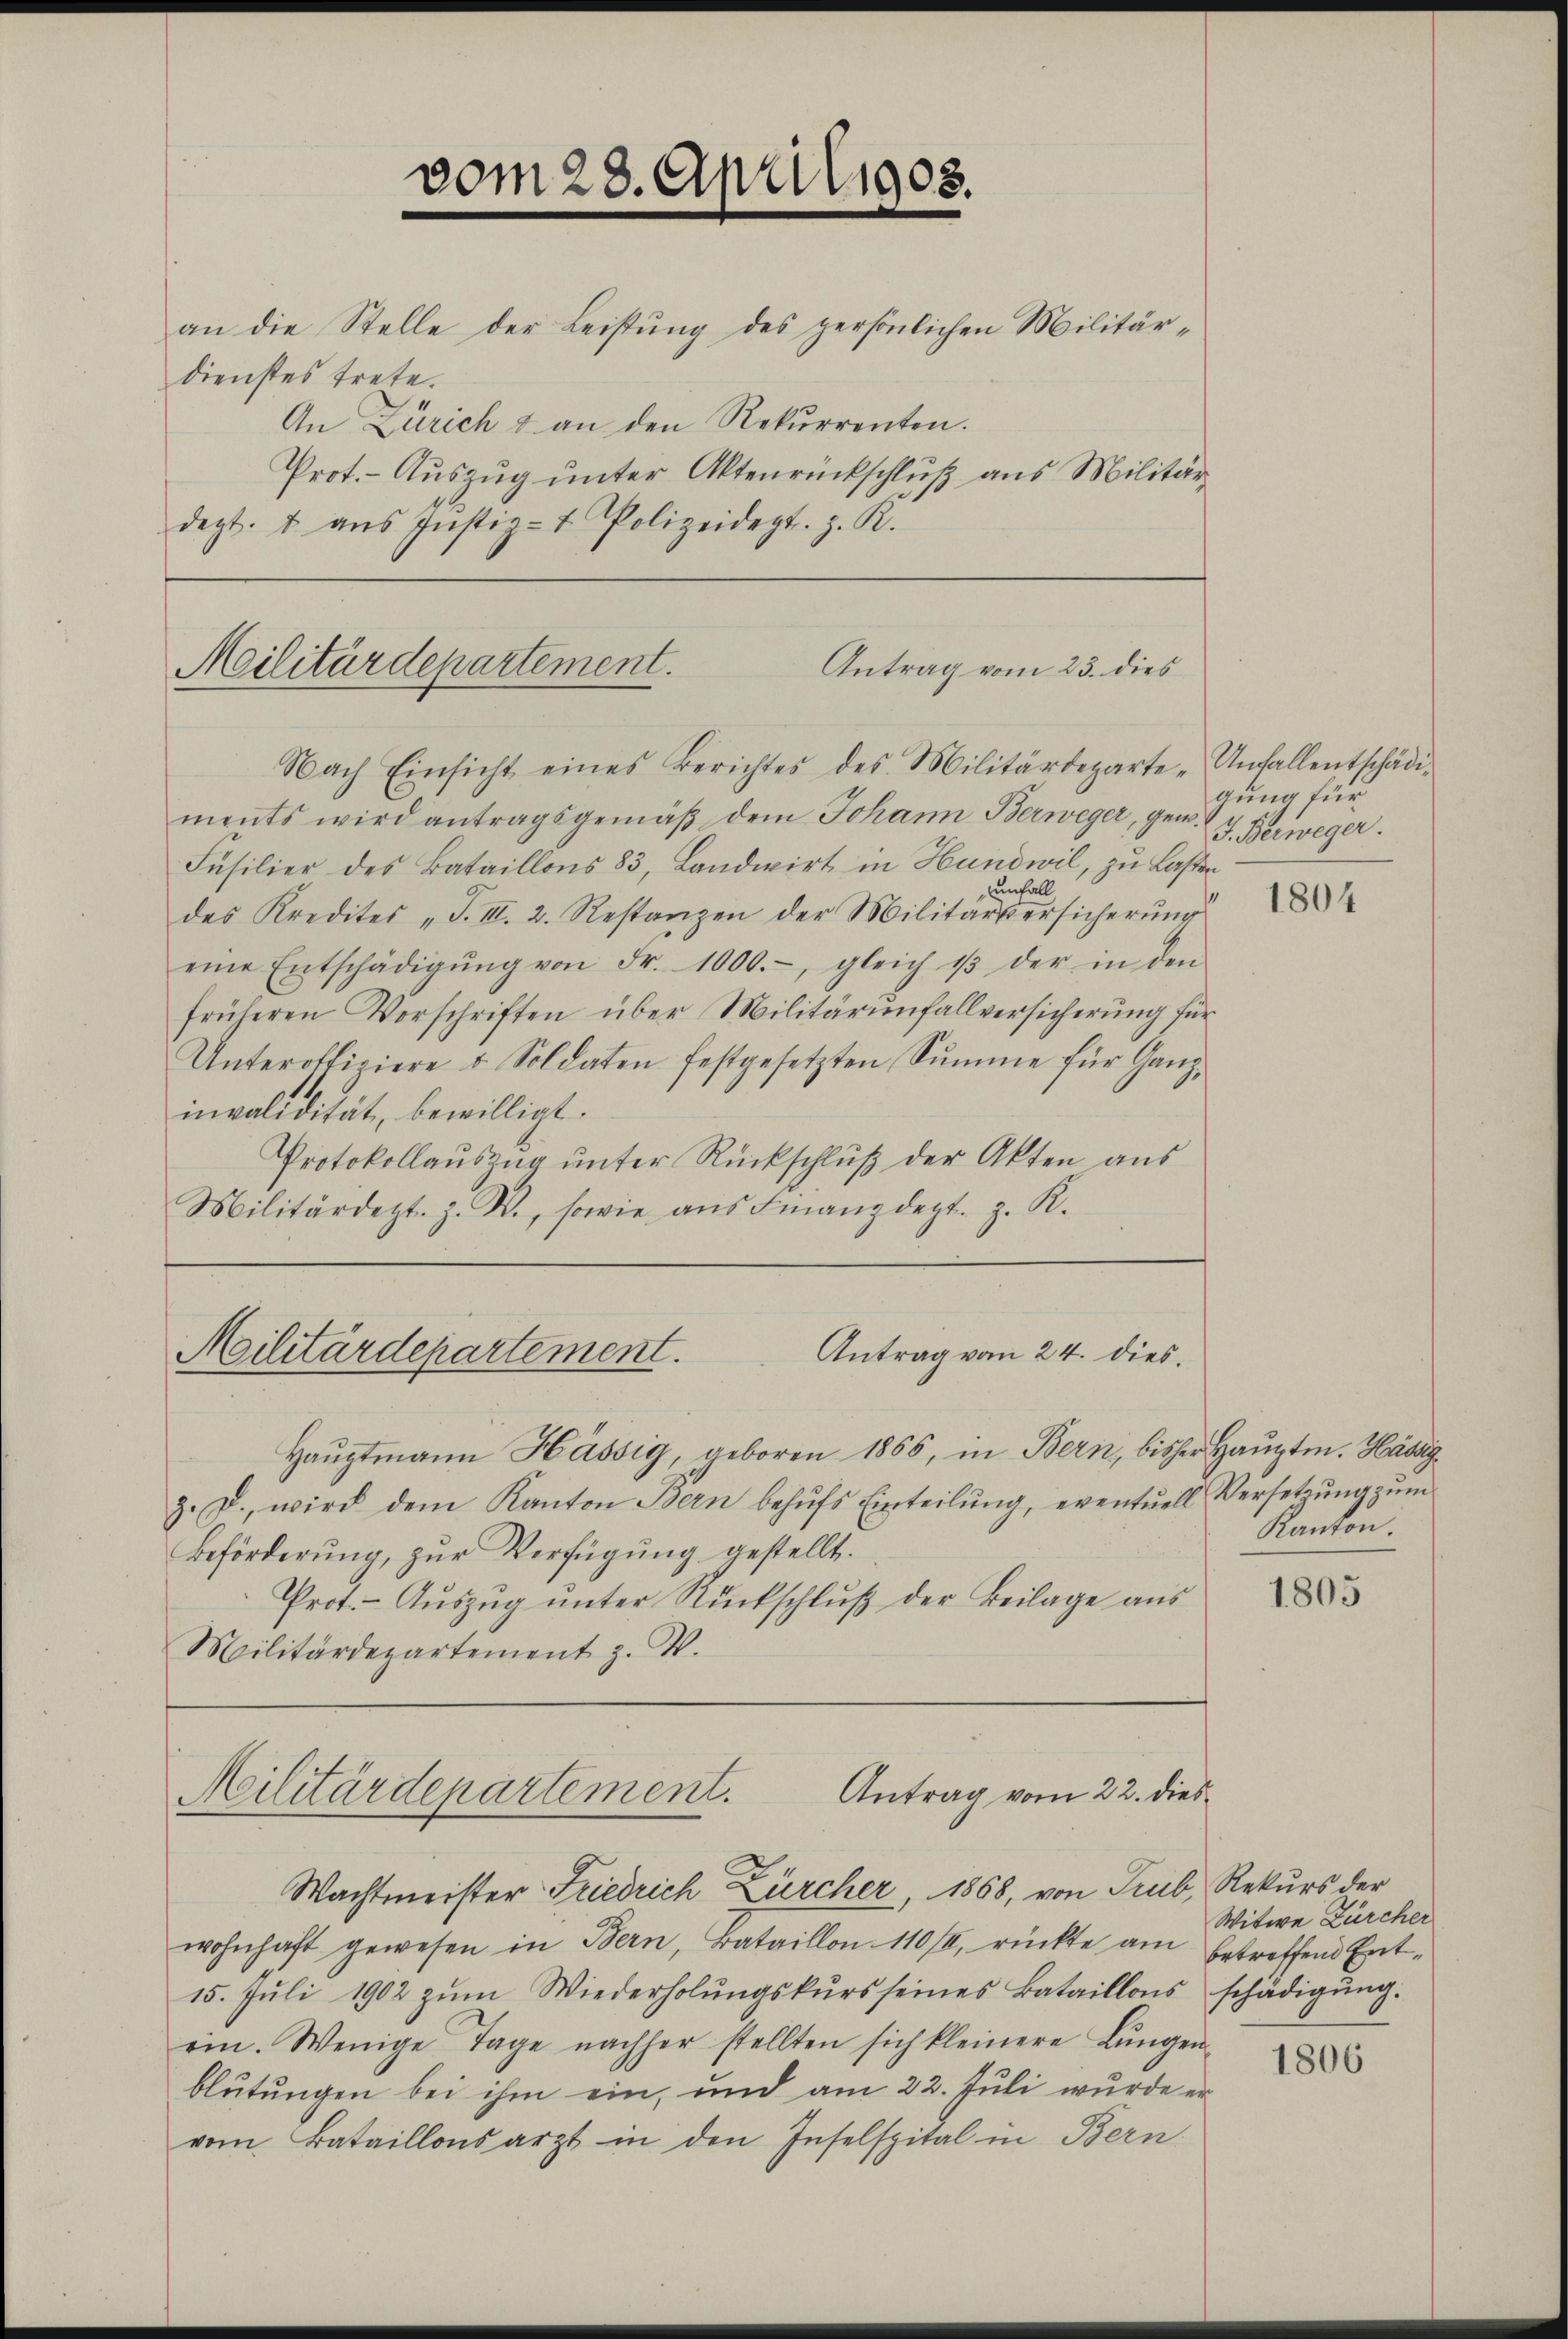
vom 28. April 1908.

an die Stelle der Leistung des persönlichen Militärdienstes trete.
An Zürich & an den Rekurrenten.
Prot. - Auszug unter Aktenrückschluß aus Militärdept. u aŭs Jŭstiz- & Polizeidept. z. K.

Militärdepartement.
Antrag vom 23. dies
Nach Einsicht eines Berichtes des Militärdeparte „Unfallentschädi-

Militärdepartement. Antrag vom 24. dies

Antrag vom 22. dies
Militärdepartement.
Wachtmeister Friedrich Zürcher 1868, von Trub, Rekurs der

ments wird antragsgemäβ dem Johann Berweger, gew. 7. Berweger.
Füsilier des Bataillons 83, Landwirt in Hundwil, zu Lasten
unfall
des Kredites „J. III. 2. Restanzen der Militärversicherung
eine Entschädigŭng von Fr. 1000.-, gleich es der in den
früheren Vorschriften über Militärunfallversicherung für
Unteroffiziere u. Soldaten festgesetzten Sŭmme für Ganz-
invalidität, bewilligt.
Protokollauszug unter Rückschluß der Akten aus
Militärdezt. Z. W., sowie aŭs Finanzdept. z. R.

Haŭptmann Hässig, geboren 1865, in Bern, bisher Haŭptm. Häddig¬
3. d. wird dem Kanton Bern behŭfs Einteilŭng, eventuell Versetzŭng zŭm
Beförderung, zur Verfügung gestellt.
Prot. - Aŭszŭg ŭnter Rückschlŭβ der Beilage aŭs
Militärdepartement z. W.

wohnhaft gewesen in Bern, Bataillon 110/I, rückte am betreffend Ent-
15. Jŭli 1902 zŭm Wiederholŭngskŭrs seines Bataillons schädigŭng.
ein. Wenige Tage nachher stellten sich kleinere Lŭngen-
blutungen bei ihm ein, und am 22. Juli wurde er
vom Bataillonsarzt in den Inselspital in Bern

gung für

1804

Kanton.

1805

Witwe Zürcher

1806